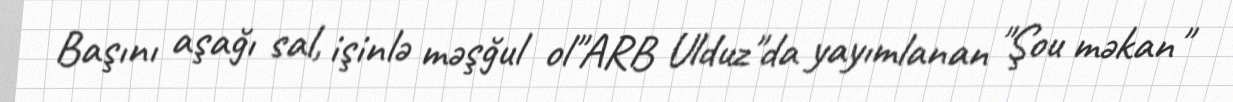
Başını aşağı sal, işinlə məşğul ol"ARB Ulduz"da yayımlanan "Şou məkan"